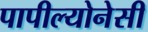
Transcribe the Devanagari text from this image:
पापील्योनेसी